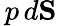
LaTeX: {}\, p\, d\mathbf{S}